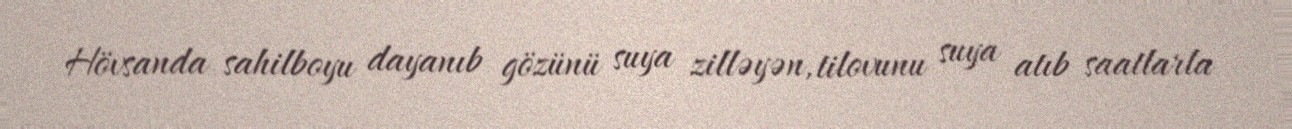
Hövsanda sahilboyu dayanıb gözünü suya zilləyən, tilovunu suya atıb saatlarla